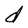
Character: d